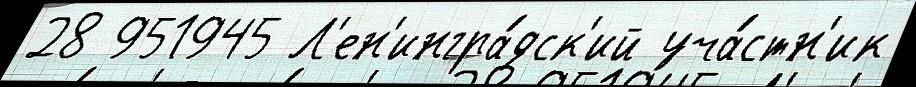
28 951945 Л'ен'ингра́дск'ий уча́стн'ик